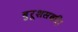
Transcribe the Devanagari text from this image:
बुरूशसकी।